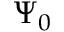
\Psi _ { 0 }